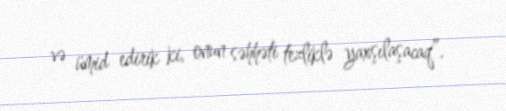
və ümid edirik ki, onun səhhəti tezliklə yaxşılaşacaq”.